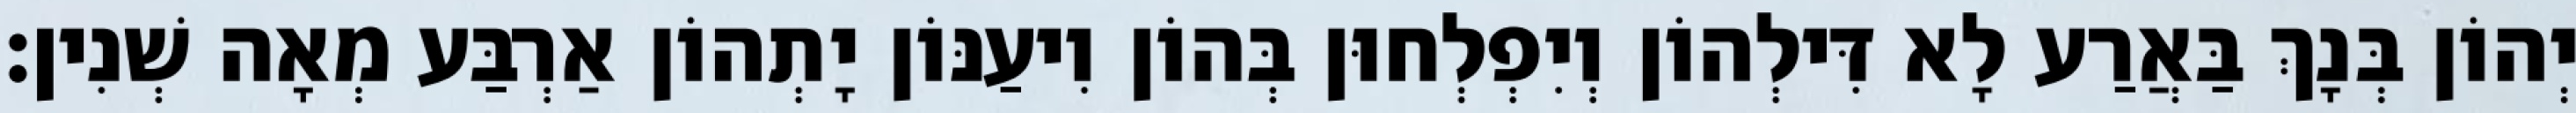
יְהוֹן בְּנָךְ בַּאֲרַע לָא דִּילְהוֹן וְיִפְלְחוּן בְּהוֹן וִיעַנּוֹן יָתְהוֹן אַרְבַּע מְאָה שְׁנִין׃